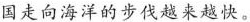
国走向海洋的步伐越来越快。